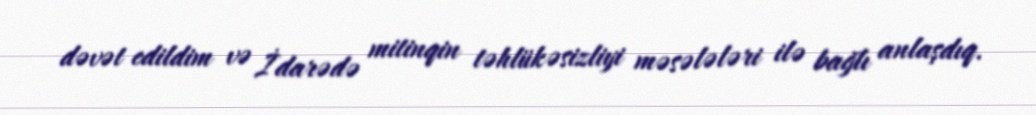
dəvət edildim və İdarədə mitinqin təhlükəsizliyi məsələləri ilə bağlı anlaşdıq.